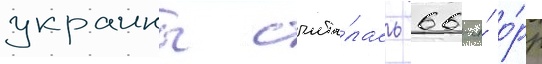
украины счита́лась 66-я́ о́рр